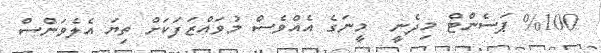
%100 ޕަސެންޓް މިދެނީ  މީނަގެ އެއްވެސް މުވައްޒަފަކަށް ތިޔަ އެލެވަންސް